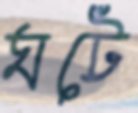
ঘটে